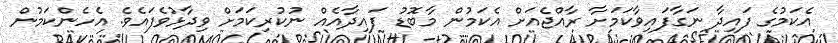
އެކަމުގެ ފައިދާ ނަގާފައިވާކަމަށާ ރާއްޖެއަށް އެކަމުން މާބޮޑު ފައިދާއެއް ނުކުރިކަމަށް ވިދާޅުވެފައެވެ. އެހެންކަމުން